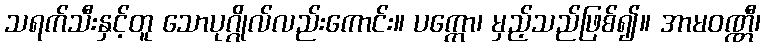
သရက်သီးနှင့်တူ သောပုဂ္ဂိုလ်လည်းကောင်း။ ပက္ကော၊ မှည့်သည်ဖြစ်၍။ အာမဝဏ္ဏီ၊